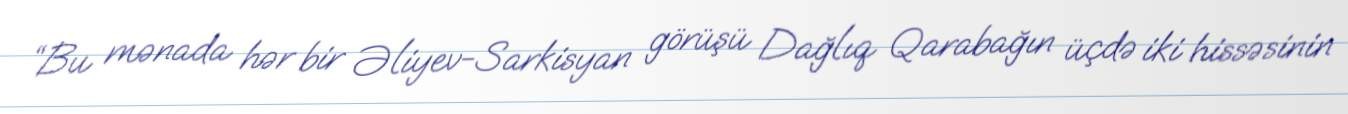
“Bu mənada hər bir Əliyev-Sarkisyan görüşü Dağlıq Qarabağın üçdə iki hissəsinin